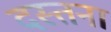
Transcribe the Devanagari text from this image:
दस्तना